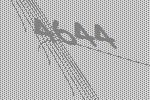
4644